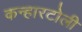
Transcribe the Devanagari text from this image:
कन्हारटोली